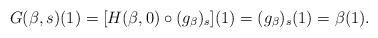
\begin{align*} G(\beta ,s) (1) = [H(\beta ,0)\circ(g_{\beta})_{s}](1) =(g_{\beta})_{s}(1)= \beta(1).\end{align*}